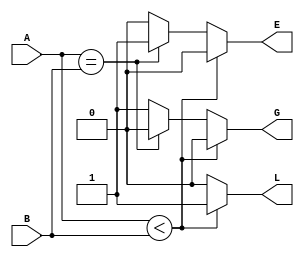
`timescale 1s / 1ns
 

module n_bit(A,B,L,E,G);
input[3:0]A,B;
output reg L,E,G; //L-less than E-Equal G- Greater than

always@(*)
begin
if(A<B)
begin
L=1;
E=0;
G=0;
end
else if(A==B)
begin
E=1;
L=0;
G=0;
end
else
begin
G=1;
L=0;
E=0;
end

end


endmodule